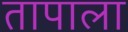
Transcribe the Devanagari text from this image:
तापाला